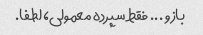
بازو ... فقط سپرده معمولی، لطفا.